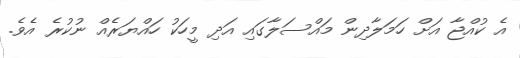
އެ ކުއްޖާ އަށް ހަމަލާދިން މައްސަލާގައި އަދި މީހަކު ހައްޔަރެއް ނުކުރެ އެވެ.